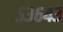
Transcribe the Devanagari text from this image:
५३६४३